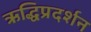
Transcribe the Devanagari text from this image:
ऋद्धिप्रदर्शन